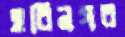
হরিনগর